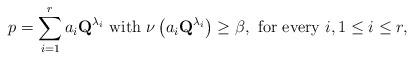
LaTeX: \begin{align*}p=\sum_{i=1}^ra_i\textbf{Q}^{\lambda_i}\mbox{ with }\nu\left(a_i\textbf{Q}^{\lambda_i}\right)\geq \beta,\mbox{ for every }i, 1\leq i\leq r,\end{align*}